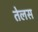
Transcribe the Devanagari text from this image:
तेलस